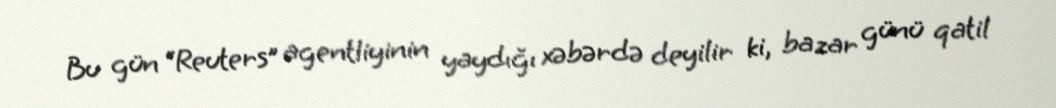
Bu gün “Reuters” agentliyinin yaydığı xəbərdə deyilir ki, bazar günü qatil